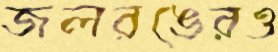
জলরঙেরও